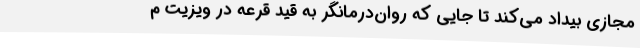
مجازی بیداد می‌کند تا جایی که روان‌درمانگر به قید قرعه در ویزیت م